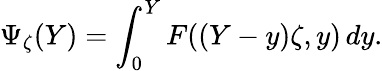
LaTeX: \Psi_{\zeta}(Y)=\int_{0}^{Y}F((Y-y)\zeta,y)\, dy.